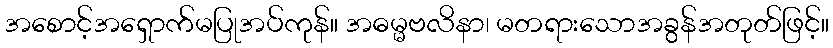
အစောင့်အရှောက်မပြုအပ်ကုန်။ အဓမ္မဗလိနာ၊ မတရားသောအခွန်အတုတ်ဖြင့်။